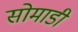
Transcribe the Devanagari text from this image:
सोमाडी